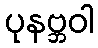
ပုနဗ္ဘဝါ